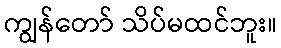
ကျွန်တော် သိပ်မထင်ဘူး။